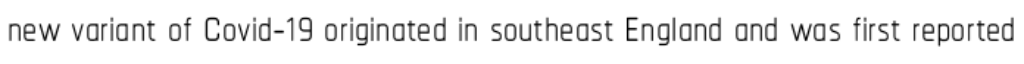
new variant of Covid-19 originated in southeast England and was first reported